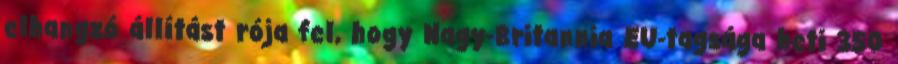
elhangzó állítást rója fel, hogy Nagy-Britannia EU-tagsága heti 350